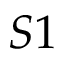
S 1